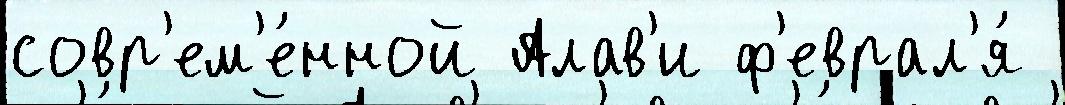
совр'ем'е́нной Алав'и ф'еврал'я́